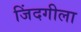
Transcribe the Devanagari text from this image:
जिंदगीला